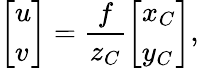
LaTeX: \left[\begin{array}{l}{u}\\ {v}\end{array}\right]=\frac{f}{z_{C}}\left[\begin{array}{l}{x_{C}}\\ {y_{C}}\end{array}\right],